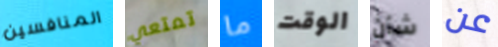
المنافسين تمتعي ما الوقت شأن عن